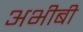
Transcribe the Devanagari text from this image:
अभीबी